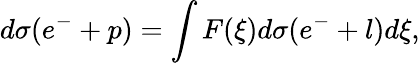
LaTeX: d\sigma(e^{-}+p)=\int F(\xi)d\sigma(e^{-}+l)d\xi,